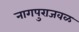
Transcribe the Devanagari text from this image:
नागपुराजवळ